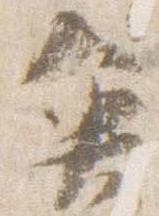
魚